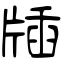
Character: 牐